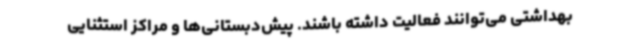
بهداشتی می‌توانند فعالیت داشته باشند. پیش‌دبستانی‌ها و مراکز استثنایی